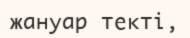
жануар текті,